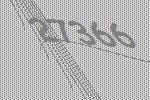
27366